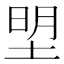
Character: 𭎮